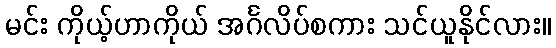
မင်း ကိုယ့်ဟာကိုယ် အင်္ဂလိပ်စကား သင်ယူနိုင်လား။